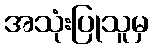
အသုံးပြုသူမှ